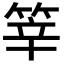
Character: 𥭴